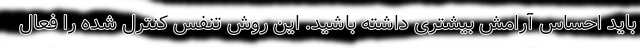
باید احساس آرامش بیشتری داشته باشید. این روش تنفس کنترل شده را فعال